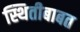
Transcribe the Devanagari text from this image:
स्थितीबाबत